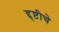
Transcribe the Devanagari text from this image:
द्द्ष्टीचे